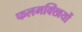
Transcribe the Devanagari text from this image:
फलमक्खियों